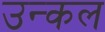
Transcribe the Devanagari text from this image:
उन्कल